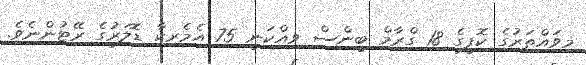
މިވައްތަރުގެ ކޮފީގެ 18 ގްރާމް ބީންސް ވިއްކަނީ 75 އެމެރިކާ ޑޮލަރުގެ ރޭޓުންނެވެ.